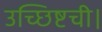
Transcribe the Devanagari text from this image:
उच्छिष्टची।